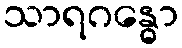
သာရဂန္ဓော